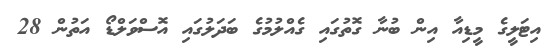
އިޓަލީގެ މީޑިއާ އިން ބުނާ ގޮތުގައި ގެއްލުމުގެ ބަދަލުގައި އޮސްވަލްޑޯ އަތުން 28